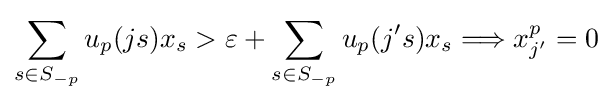
\sum _{s\in S_{-p}}u_{p}(js)x_{s}>\varepsilon +\sum _{s\in S_{-p}}u_{p}(j's)x_{s}\Longrightarrow x_{j'}^{p}=0